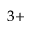
^ { 3 + }